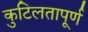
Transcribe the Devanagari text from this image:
कुटिलतापूर्ण